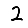
Digit: 2